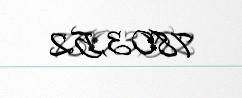
7803,52